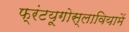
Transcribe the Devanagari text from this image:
फ्रंटयूगोस्लावियामें